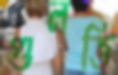
গুলতি